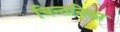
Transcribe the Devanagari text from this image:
चिन्तनिका